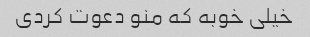
خیلی خوبه که منو دعوت کردی